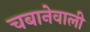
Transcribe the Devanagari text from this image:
चबानेवाली